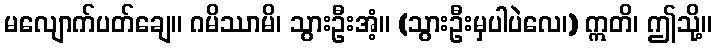
မလျောက်ပတ်ချေ။ ဂမိဿာမိ၊ သွားဦးအံ့။ (သွားဦးမှပါပဲလေ၊) ဣတိ၊ ဤသို့။